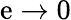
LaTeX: \mathrm{e}\to0